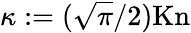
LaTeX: \kappa:=(\sqrt{\pi}/2)\mathrm{Kn}